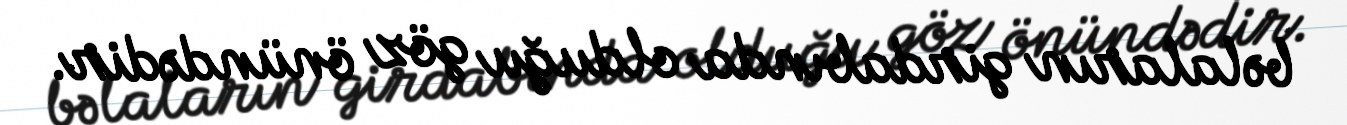
bəlaların girdabında olduğu göz önündədir.